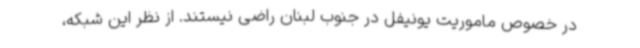
در خصوص ماموریت یونیفل در جنوب لبنان راضی نیستند. از نظر این شبکه،